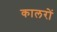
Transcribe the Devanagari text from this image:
कालरों